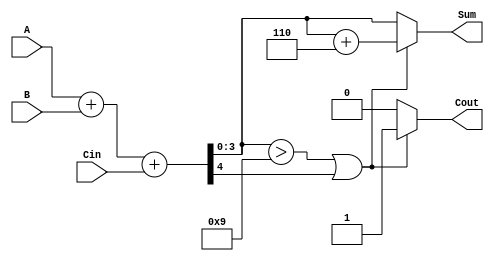
module BCD_Fast_Adder (
    input  wire [3:0] A,    // BCD input A (0-9)
    input  wire [3:0] B,    // BCD input B (0-9)
    input  wire Cin,         // Carry input
    output reg  [3:0] Sum,   // BCD output Sum
    output reg  Cout         // Carry output
);

    // Internal wires
    wire [4:0] S;           // 5-bit sum to accommodate carry
    wire correction;        // Flag to indicate correction needed

    // Binary addition
    assign S = A + B + Cin;

    // Determine if correction is needed
    assign correction = (S[3:0] > 9) || S[4];

    // BCD correction logic
    always @(*) begin
        if (correction) begin
            Sum = S[3:0] + 4'd6; // Add 6 for correction
            Cout = 1'b1;         // Set carry out
        end else begin
            Sum = S[3:0];        // No correction needed
            Cout = 1'b0;         // No carry out
        end
    end

endmodule